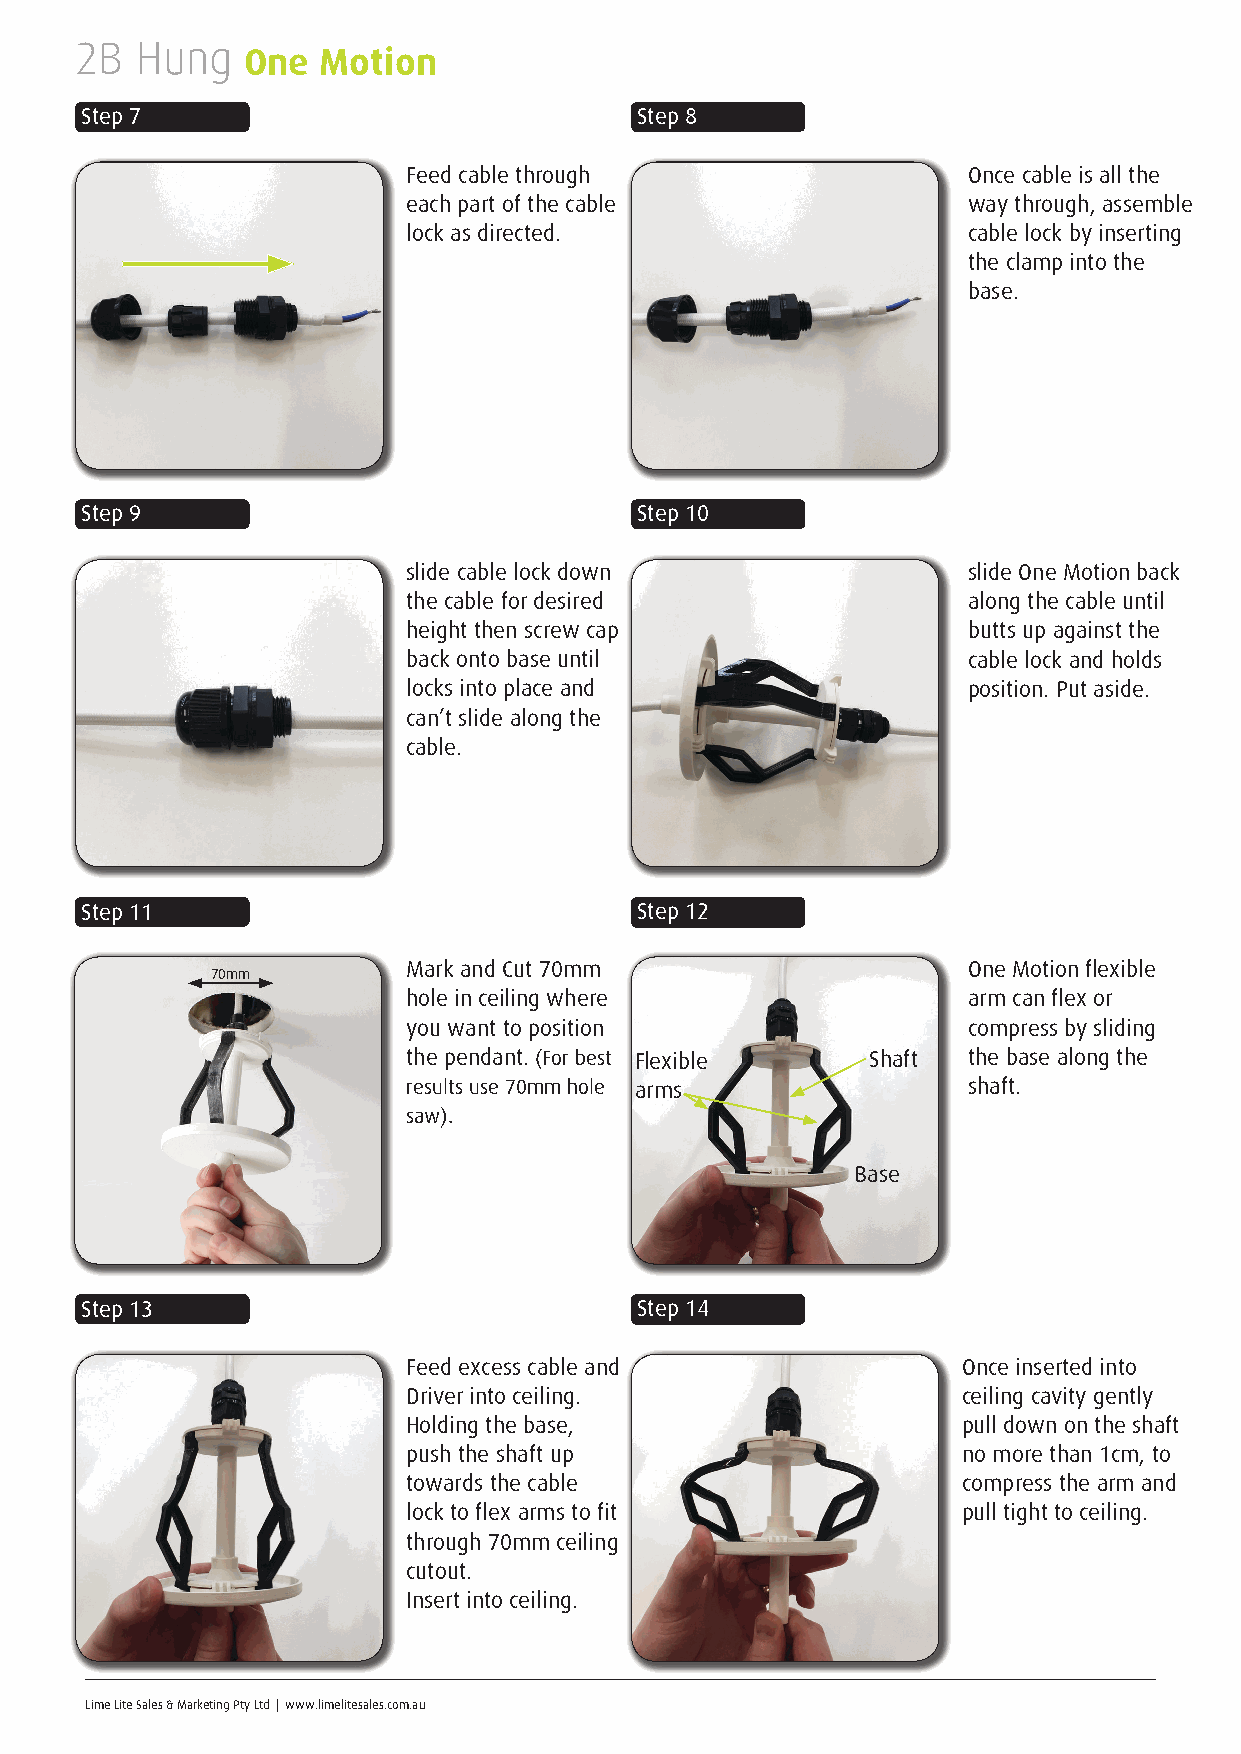
2B  Hung
 One  Motion
 Step 7                               Step 8
 Feed cable through                   Once cable is all the
 each part of the cable               way through, assemble
 lock as directed.                    cable lock by inserting
 the clamp into the
 base.
 Step 9                               Step 10
 slide cable lock down                slide One Motion back
 the cable for desired                along the cable until
 height then screw cap                butts up against the
 back onto base until                 cable lock and holds
 locks into place and                 position. Put aside.
 can’t slide along the
 cable.
 Step 11                              Step 12
 Mark and Cut 70mm                    One Motion flexible
 70mm
 hole in ceiling where                arm can flex or
 you want to position                 compress by sliding
 the pendant. (For best Flexible Shaft the base along the
 results use 70mm hole arms           shaft.
 saw).
 Base
 Step 13                              Step 14
 Feed excess cable and                Once inserted into
 Driver into ceiling.                 ceiling cavity gently
 Holding the base,                    pull down on the shaft
 push the shaft up                    no more than 1cm, to
 towards the cable                    compress the arm and
 lock to flex arms to fit             pull tight to ceiling.
 through 70mm ceiling
 cutout.
 Insert into ceiling.
 Lime Lite Sales & Marketing Pty Ltd | www.limelitesales.com.au